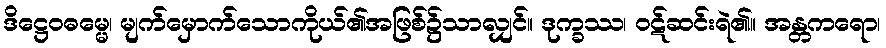
ဒိဋ္ဌေဝဓမ္မေ၊ မျက်မှောက်သောကိုယ်၏အဖြစ်၌သာလျှင်။ ဒုက္ခဿ၊ ဝဋ်ဆင်းရဲ၏။ အန္တကရော၊